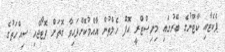
ޕެކެޓާއި ކާޓޫނުގެ ބޭރުގައި މިނިސްޓްރީ އޮފް ހެލްތުން އާއްމުކޮށްފައިވާ ގޮތަށް ފޮޓޯޖެހި ސިއްހަތުގެ